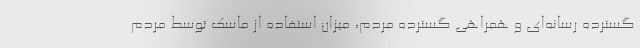
گسترده رسانه‌ای و همراهی گسترده مردم، میزان استفاده از ماسک توسط مردم